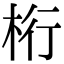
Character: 桁